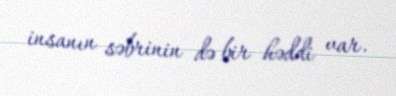
insanın səbrinin də bir həddi var.